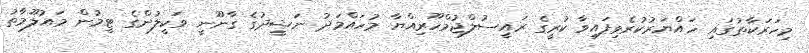
މިހަރަކާތުގައި ހައްޔަރުކުރެވިފައިވާ ކުރީގެ ރައީސުލްޖުމްހޫރިއްޔާ މުހައްމަދު ނަޝީދުގެ ގާނޫނީ ވަކީލުންގެ ޓީމުން މައުލޫމާތު